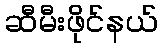
ဆီမီးဖိုင်နယ်